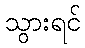
သွားရင်